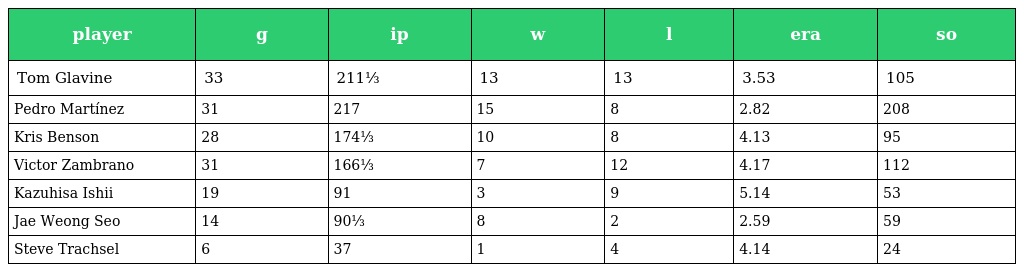
| player | g | ip | w | l | era | so |
 | --- | --- | --- | --- | --- | --- | --- |
 | Tom Glavine | 33 | 211⅓ | 13 | 13 | 3.53 | 105 |
 | Pedro Martínez | 31 | 217 | 15 | 8 | 2.82 | 208 |
 | Kris Benson | 28 | 174⅓ | 10 | 8 | 4.13 | 95 |
 | Victor Zambrano | 31 | 166⅓ | 7 | 12 | 4.17 | 112 |
 | Kazuhisa Ishii | 19 | 91 | 3 | 9 | 5.14 | 53 |
 | Jae Weong Seo | 14 | 90⅓ | 8 | 2 | 2.59 | 59 |
 | Steve Trachsel | 6 | 37 | 1 | 4 | 4.14 | 24 |